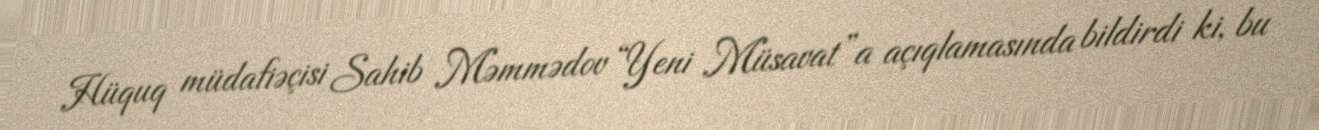
Hüquq müdafiəçisi Sahib Məmmədov “Yeni Müsavat”a açıqlamasında bildirdi ki, bu